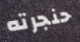
حنجرته